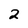
Character: 2